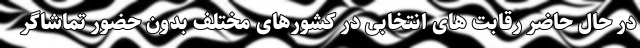
در حال حاضر رقابت های انتخابی در کشورهای مختلف بدون حضور تماشاگر